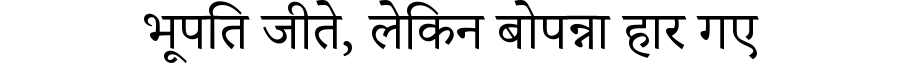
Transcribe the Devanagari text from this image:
भूपति जीते, लेकिन बोपन्ना हार गए